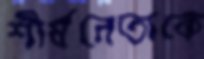
শীর্ষনেতাকে